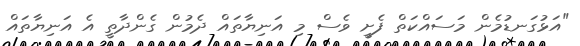
"އަޅުގަނޑުމެން މަސައްކަތް ފެށީ ވެސް މި އަނިޔާތައް ދެމުން ގެންދާތީ އެ އަނިޔާތައް